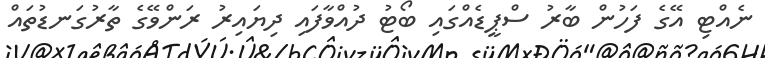
ނެއްޓި އޭގެ ފަހުން ބާރު ސްޕީޑެއްގައި ބޯޓު ދުއްވާފައި ދިޔައިރު ރަންވޭގެ ތާރުގަނޑުތައް